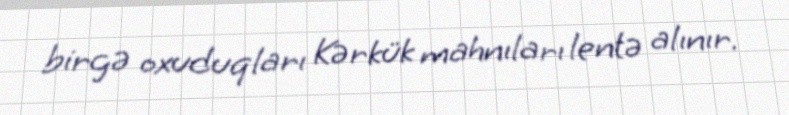
birgə oxuduqları Kərkük mahnıları lentə alınır.